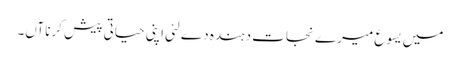
میں یسوع میرے نجات دہندہ دے لئی اپنی حیاتی پیش کرنا آں۔